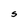
Character: S